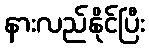
နားလည်နိုင်ပြီး